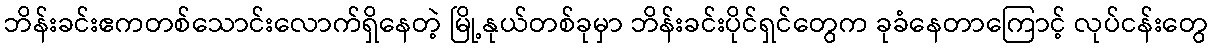
ဘိန်းခင်းဧကတစ်သောင်းလောက်ရှိနေတဲ့ မြို့နုယ်တစ်ခုမှာ ဘိန်းခင်းပိုင်ရှင်တွေက ခုခံနေတာကြောင့် လုပ်ငန်းတွေ